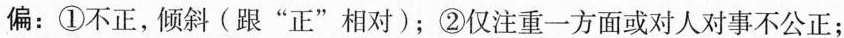
偏：①不正，倾斜(跟“正”相对)；②仅注重一方面或对人对事不公正；